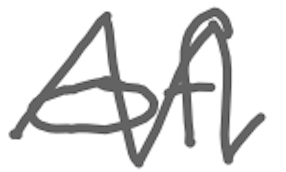
Text: of
Cross-out: zig-zag
Writing tool: digital_gray